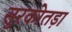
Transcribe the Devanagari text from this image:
सुरकोतड़ा